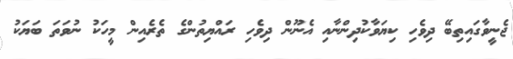
ޖެނީވާގައިތިބޭ ދިވެހި ކިޔަވާކުދިންނާއި އެނޫން ދިވެހި ރައްޔިތުންގެ ތެރެއިން މީހަކު ނުވަތަ ބަޔަކު